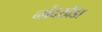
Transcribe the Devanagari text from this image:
नांदखेडा